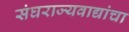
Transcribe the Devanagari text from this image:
संघराज्यवाद्यांचा